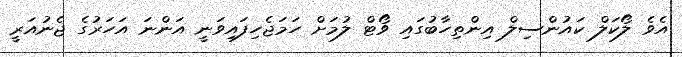
އެވެ ލޯކަލް ކައުންސިލް އިންތިހާބުގައި ވޯޓް ލުމަށް ހަމަޖެހިފައިވަނީ އަންނަ އަހަރުގެ ޖެނުއަރީ